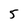
Character: 5